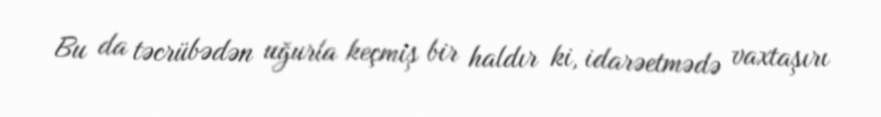
Bu da təcrübədən uğurla keçmiş bir haldır ki, idarəetmədə vaxtaşırı